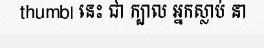
thumb| នេះ ជា ក្បាល អ្នកស្លាប់ នា